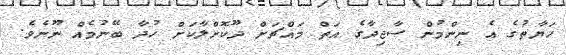
ހަޔާތުގެ އެ ނިންމުން ސާޖިދާގެ އަތް މައްޗަށް ދޫކޮށްލާކަށް ހުދާ ބޭނުމެއް ނޫނެވެ.